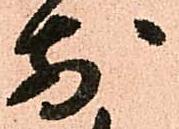
前